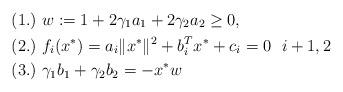
LaTeX: \begin{align*} &(1.)\ w:=1+2\gamma_1 a_1+2\gamma_2 a_2\ge0,\ \ \\ &(2.)\ f_{i}(x^{*})=a_{i}\|x^{*}\|^{2}+b_{i}^{T} x^{*}+c_{i}=0 \ \ i+1,2\ \\ &(3.)\ \gamma_1 b_{1}+\gamma_2b_2=-x^{*}w\ \end{align*}